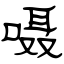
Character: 嗫